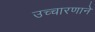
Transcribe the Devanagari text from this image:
उच्चारणाने